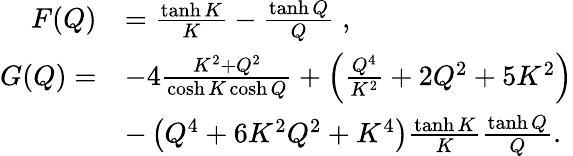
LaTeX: \begin{array}{rl}{F(Q)}&{=\frac{\operatorname{tanh}K}{K}-\frac{\operatorname{tanh}Q}{Q}\; ,}\\ {G(Q)=}&{-4\frac{K^{2}+Q^{2}}{\cosh K\cosh Q}+\left(\frac{Q^{4}}{K^{2}}+2Q^{2}+5K^{2}\right)}\\ &{-\left(Q^{4}+6K^{2}Q^{2}+K^{4}\right)\frac{\operatorname{tanh}K}{K}\frac{\operatorname{tanh}Q}{Q}.}\end{array}